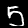
Label: 5